V__Kingissepa_nim__kolhoos, lk 72
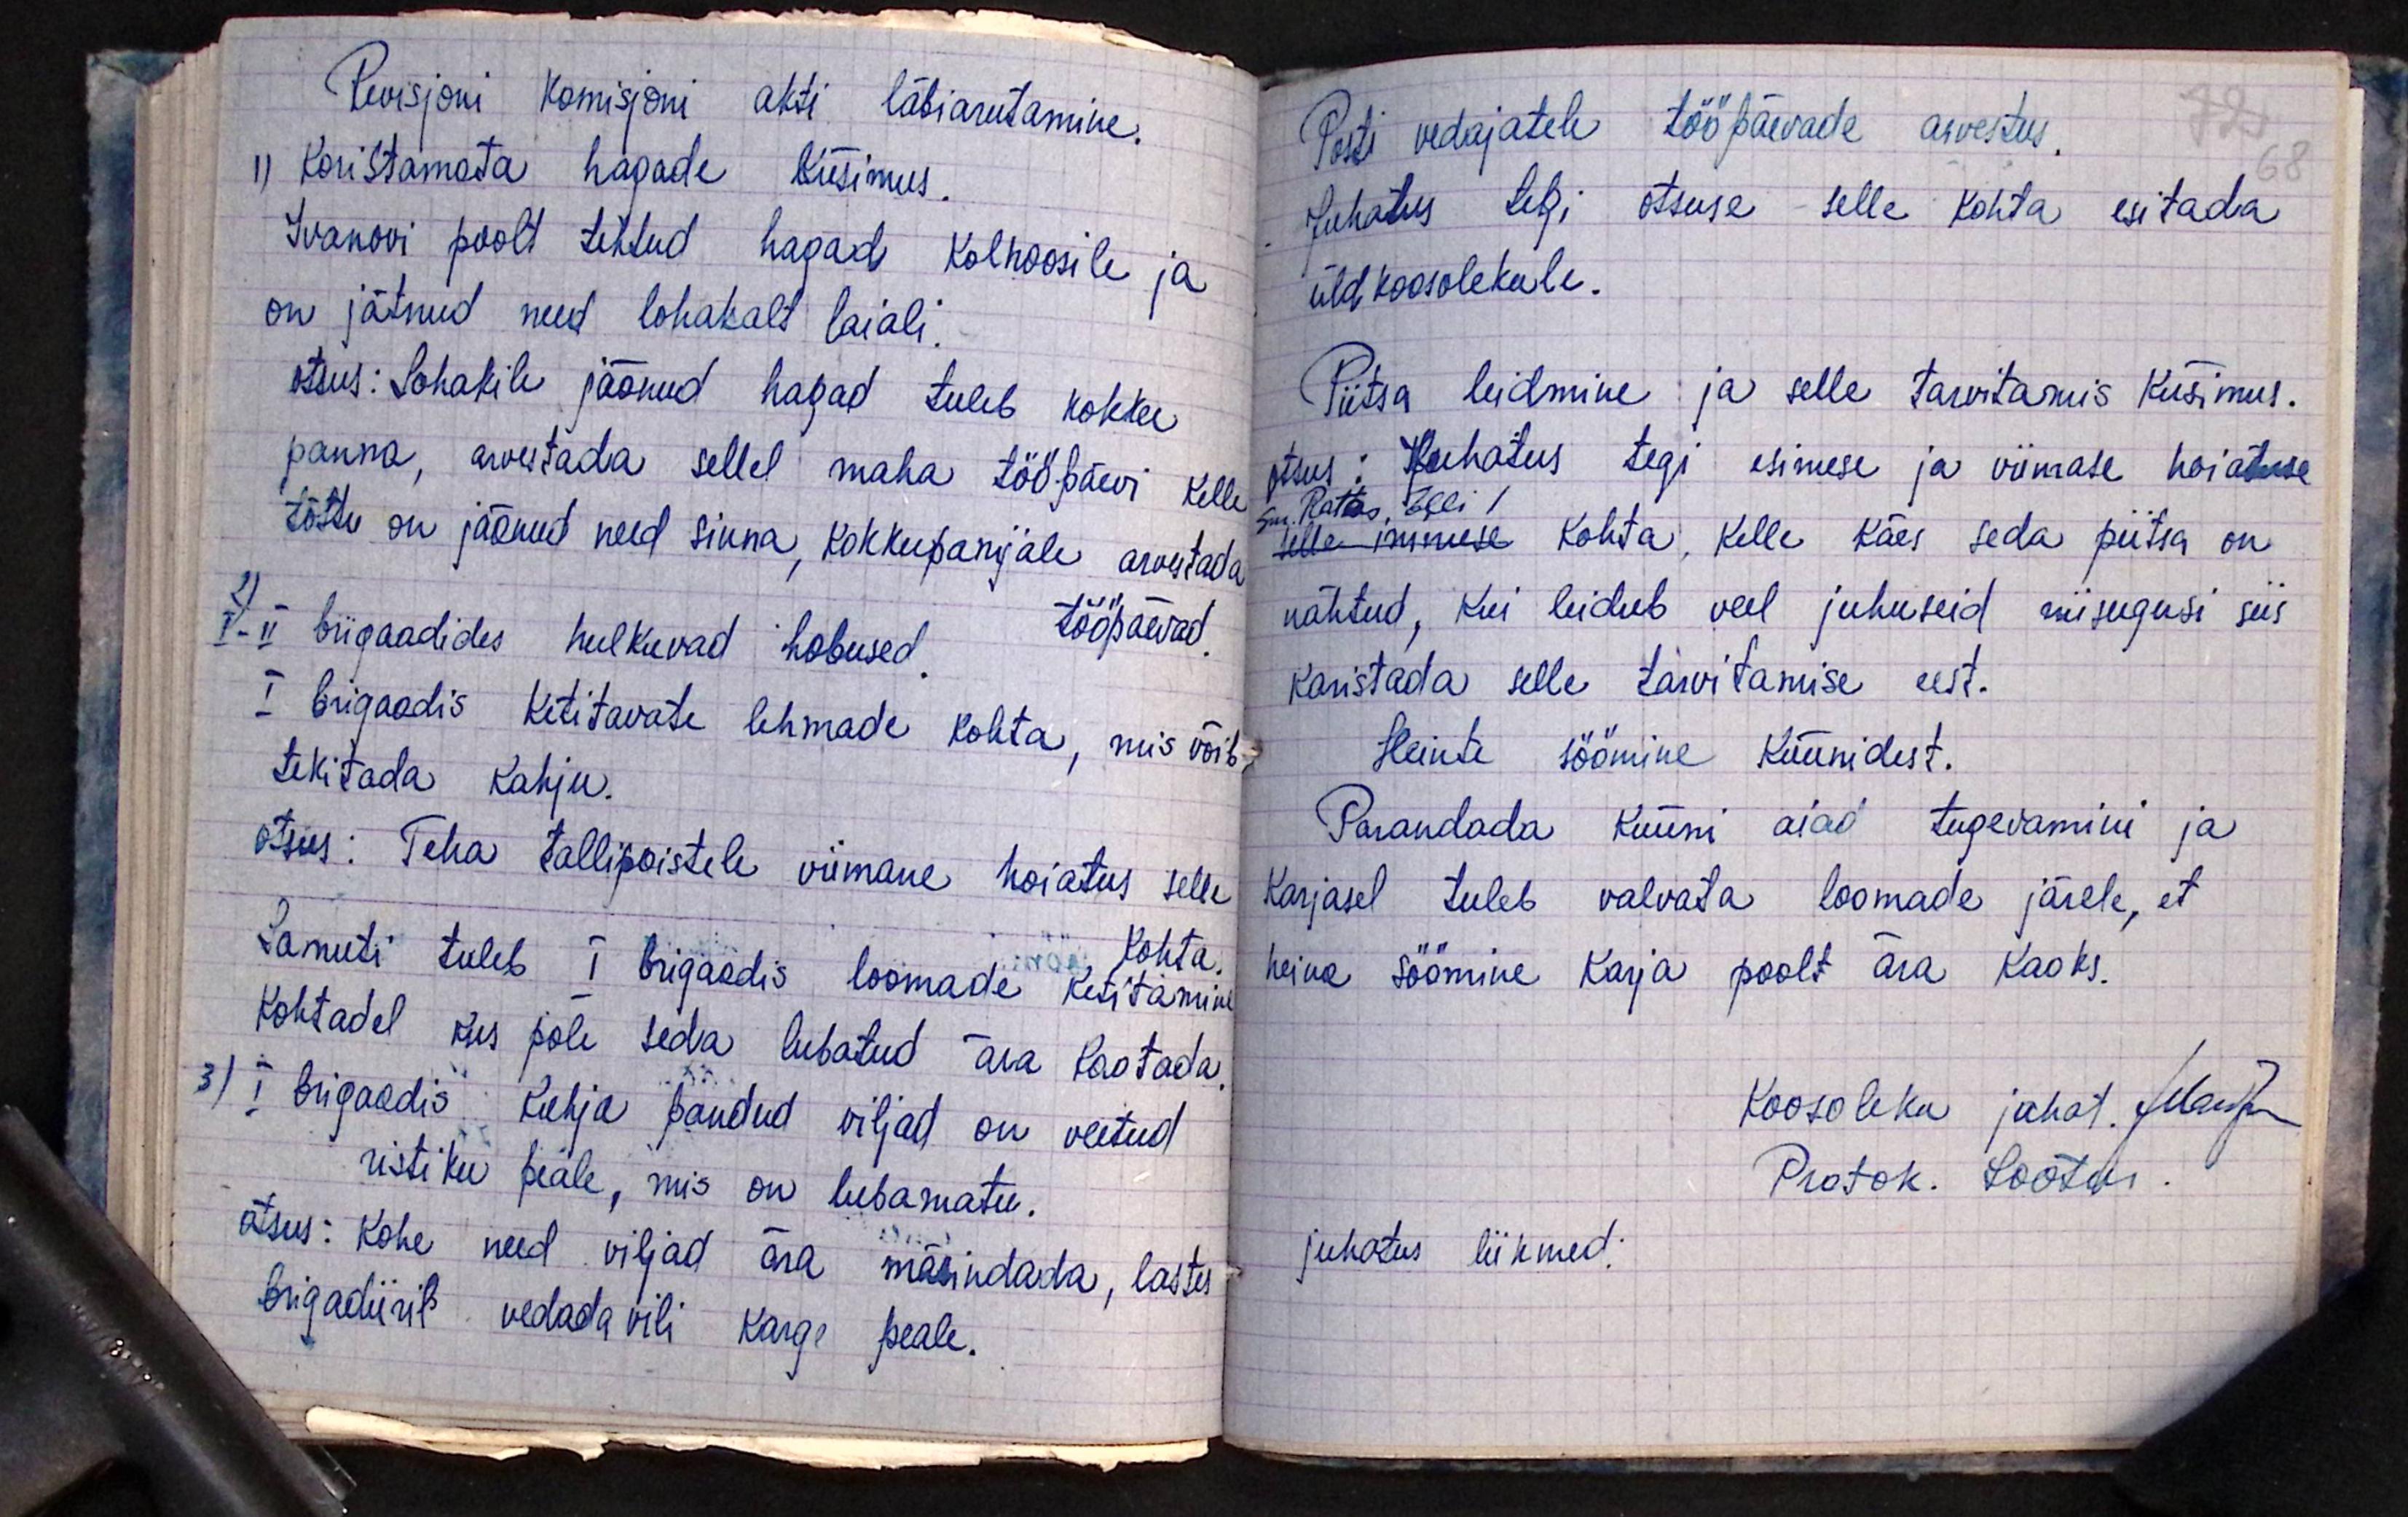
Revisjoni komisjoni akti läbiarutamine.
1) koristamata hagade küsimus.
Ivanovi poolt tehtud hagad kolhoosile ja
on jätnud need lohakalt laiali.
otsus: Lohakile jäänud hagad tuleb kokku
panna, arvestada sellel maha tööpäevi kelle
tõttu on jäänud need sinna, kokkupanijale arvestada
tööpäevad.
I-II brigaadides hulkuvad hobused.
I brigaadis ketitavate lehmade kohta, mis võib
tekitada kahju.
otsus: Teha tallipoistele viimane hoiatus selle
Kohta
Samuti tuleb I brigaadis loomade ketitamine
kohtadel kus pole seda lubatud ära kaotada.
3) I brigaadis Kuhja pandud viljad on veetud
ristiku peale, mis on lubamatu.
otsus: kohe need viljad ära mäsindada, lastes
brigadiiril vedada vili karge peale.

Posti vedajatele tööpäevade arvestus
72
68
Juhatus tegi otsuse selle kohta esitada
üldkoosolekule.
Piitsa leidmine ja selle tarvitamis küsimus.
otsus: Juhatus tegi esimese ja viimase hoiatuse
sm. Rattas Elli !
selle inimese kohta, kelle käes seda piitsa on
nähtud, kui leidub veel juhuseid niisugusi siis
karistada selle tarvitamise eest.
Heinte söömine küünidest.
Parandada küüni aiad tugevamini ja
Karjasel tuleb valvata loomade järele, et
heina söömine karja poolt ära kaoks.
Koosoleku juhat. Mart
Protok. Lootus
juhatus liikmed: